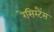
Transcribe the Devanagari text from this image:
रेसिस्टैंस